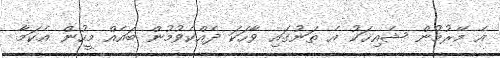
އެ މޭރުމުން ޝެއިޚަކު އެ ތަނުގައި ވާހަކަ ދެއްކެވުމުން ބައެއް މީހުން އެކަމާ